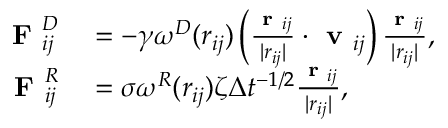
\begin{array} { r l } { \textbf { F } _ { i j } ^ { D } } & { { } = - \gamma \omega ^ { D } ( r _ { i j } ) \left( \frac { \textbf { r } _ { i j } } { | r _ { i j } | } \cdot \textbf { v } _ { i j } \right) \frac { \textbf { r } _ { i j } } { | r _ { i j } | } , } \\ { \textbf { F } _ { i j } ^ { R } } & { { } = \sigma \omega ^ { R } ( r _ { i j } ) \zeta \Delta t ^ { - 1 / 2 } \frac { \textbf { r } _ { i j } } { | r _ { i j } | } , } \end{array}